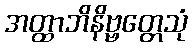
အတ္ထာဘိနိဗ္ဗတ္တေသုံ